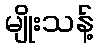
မျိုးသန့်